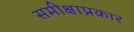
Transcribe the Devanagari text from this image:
समीक्षाप्रकार